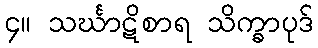
၄။ သင်္ဃာဋိစာရ သိက္ခာပုဒ်